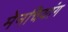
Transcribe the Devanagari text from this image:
मेनचियांग